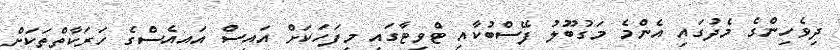
ދިވެހިންގެ މެދުގައި އެންމެ މަގުބޫލު ފޭސްބުކާއި ޓްވިޓާގައި މިފަހަކަށް އައިސް އައިއެސްގެ ހަރަކާތްތަކަށް